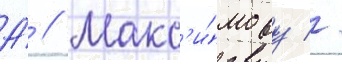
А́ // Макс'и́мову //